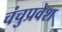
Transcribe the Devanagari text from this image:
चंचुप्रवेश